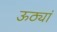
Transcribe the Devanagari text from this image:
ऊठ्यां